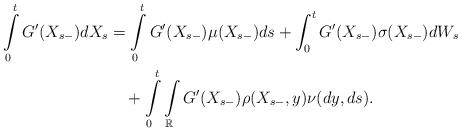
LaTeX: \begin{align*}\int\limits_0^t G'(X_{s-})dX_s&=\int\limits_0^t G'(X_{s-})\mu(X_{s-})ds+\int_0^t G'(X_{s-}) \sigma(X_{s-}) dW_s\\&\quad+\int\limits_0^t\int\limits_{\mathbb{R}}G'(X_{s-})\rho(X_{s-},y)\nu (dy,ds).\end{align*}